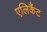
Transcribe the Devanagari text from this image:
एलिकैंट